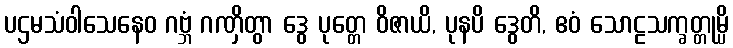
ပဌမသံဝါသေနေဝ ဂဗ္ဘံ ဂဏှိတွာ ဒွေ ပုတ္တေ ဝိဇာယိ, ပုနပိ ဒွေတိ, ဧဝံ သောဠသက္ခတ္တုမ္ပိ